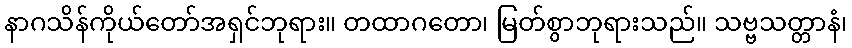
နာဂသိန်ကိုယ်တော်အရှင်ဘုရား။ တထာဂတော၊ မြတ်စွာဘုရားသည်။ သဗ္ဗသတ္တာနံ၊